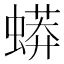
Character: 蟒